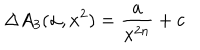
\Delta A _ { 3 } ( \alpha , x ^ { 2 } ) = { \frac { a } { x ^ { 2 n } } } + c \